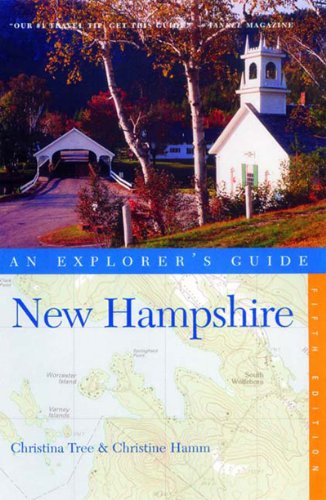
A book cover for New Hampshire: An Explore's Guide (Explorer's Guide New Hampshire); Christina Tree; Travel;